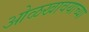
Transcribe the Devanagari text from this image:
ओळखावयाच्या